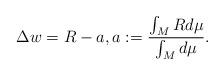
LaTeX: \begin{align*}\Delta w=R-a, a:=\frac{\int_MRd\mu}{\int_Md\mu}.\end{align*}